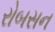
રોબસન